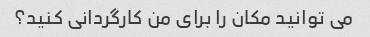
می توانید مکان را برای من کارگردانی کنید؟